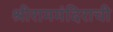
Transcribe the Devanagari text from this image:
श्रीराममंदिराची